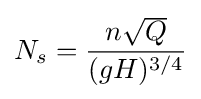
N_{s}={\frac {n{\sqrt {Q}}}{(gH)^{3/4}}}